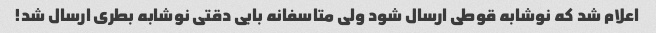
اعلام شد که نوشابه قوطی ارسال شود ولی متاسفانه بابی دقتی نوشابه بطری ارسال شد!